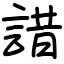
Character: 諎